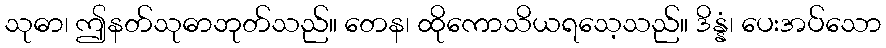
သုဓာ၊ ဤနတ်သုဓာဘုတ်သည်။ တေန၊ ထိုကောသိယရသေ့သည်။ ဒိန္နံ၊ ပေးအပ်သော